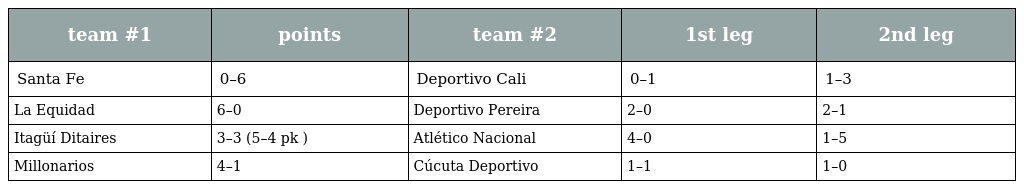
| team #1 | points | team #2 | 1st leg | 2nd leg |
 | --- | --- | --- | --- | --- |
 | Santa Fe | 0–6 | Deportivo Cali | 0–1 | 1–3 |
 | La Equidad | 6–0 | Deportivo Pereira | 2–0 | 2–1 |
 | Itagüí Ditaires | 3–3 (5–4 pk ) | Atlético Nacional | 4–0 | 1–5 |
 | Millonarios | 4–1 | Cúcuta Deportivo | 1–1 | 1–0 |